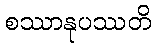
စဿာနုပဿတိ